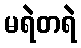
မရဲတရဲ